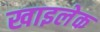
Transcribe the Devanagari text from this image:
खाइलेक